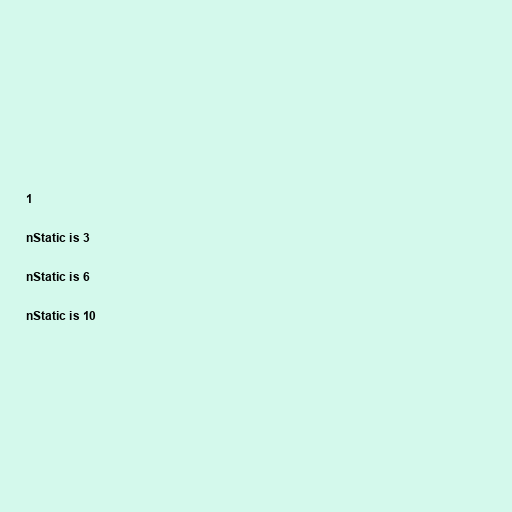
1

nStatic is 3

nStatic is 6

nStatic is 10